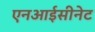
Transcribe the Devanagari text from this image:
एनआईसीनेट